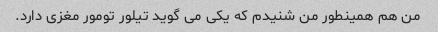
من هم همینطور من شنیدم که یکی می گوید تیلور تومور مغزی دارد.